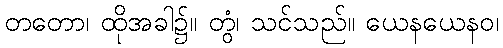
တတော၊ ထိုအခါ၌။ တွံ၊ သင်သည်။ ယေနယေနဝ၊